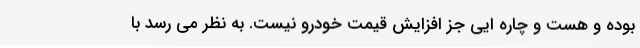
بوده و هست و چاره ایی جز افزایش قیمت خودرو نیست. به نظر می رسد با